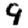
Digit: 9